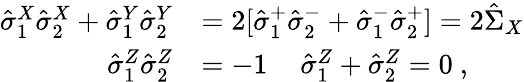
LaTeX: \begin{array}{rl}{\hat{\sigma}_{1}^{X}\hat{\sigma}_{2}^{X}+\hat{\sigma}_{1}^{Y}\hat{\sigma}_{2}^{Y}}&{=2[\hat{\sigma}_{1}^{+}\hat{\sigma}_{2}^{-}+\hat{\sigma}_{1}^{-}\hat{\sigma}_{2}^{+}]=2\hat{\Sigma}_{X}}\\ {\hat{\sigma}_{1}^{Z}\hat{\sigma}_{2}^{Z}}&{=-1\, \quad\hat{\sigma}_{1}^{Z}+\hat{\sigma}_{2}^{Z}=0\ ,}\end{array}